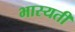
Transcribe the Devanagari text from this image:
भास्यती